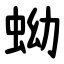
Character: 蚴